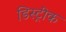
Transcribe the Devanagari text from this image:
डिस्ट्रीक